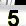
Digit: 5